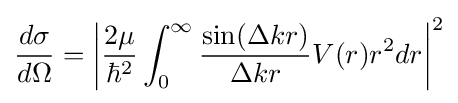
{\frac {d\sigma }{d\Omega }}=\left|{\frac {2\mu }{\hbar ^{2}}}\int _{0}^{\infty }{\frac {\sin(\Delta kr)}{\Delta kr}}V(r)r^{2}dr\right|^{2}